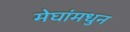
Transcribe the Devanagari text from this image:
मेघांमधुन